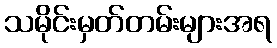
သမိုင်းမှတ်တမ်းများအရ